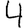
Digit: 4